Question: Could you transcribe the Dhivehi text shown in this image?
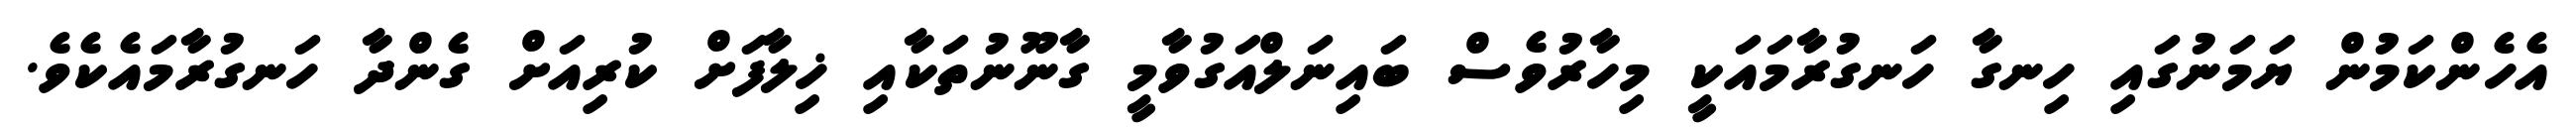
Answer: އެހެންކަމުން ޔަމަނުގައި ހިނގާ ހަނގުރާމައަކީ މިހާރުވެސް ބައިނަލްއަގުވާމީ ގާނޫނުތަކާއި ޚިލާފަށް ކުރިއަށް ގެންދާ ހަނގުރާމައެކެވެ.